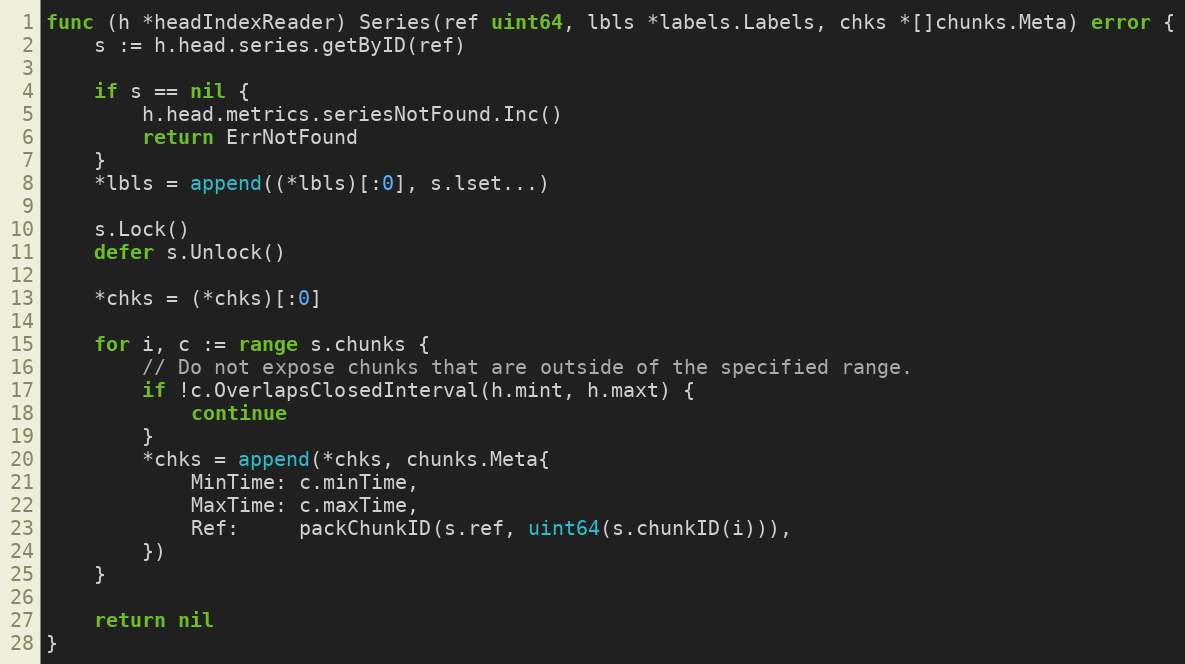
Language: Go
func (h *headIndexReader) Series(ref uint64, lbls *labels.Labels, chks *[]chunks.Meta) error {
	s := h.head.series.getByID(ref)

	if s == nil {
		h.head.metrics.seriesNotFound.Inc()
		return ErrNotFound
	}
	*lbls = append((*lbls)[:0], s.lset...)

	s.Lock()
	defer s.Unlock()

	*chks = (*chks)[:0]

	for i, c := range s.chunks {
		// Do not expose chunks that are outside of the specified range.
		if !c.OverlapsClosedInterval(h.mint, h.maxt) {
			continue
		}
		*chks = append(*chks, chunks.Meta{
			MinTime: c.minTime,
			MaxTime: c.maxTime,
			Ref:     packChunkID(s.ref, uint64(s.chunkID(i))),
		})
	}

	return nil
}